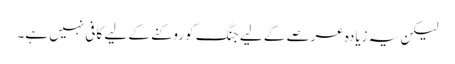
لیکن یہ زیادہ عرصے کے لیے جنگ کو روکنے کے لیے کافی نہیں ہے۔